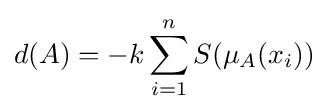
d(A)=-k\sum _{i=1}^{n}S(\mu _{A}(x_{i}))